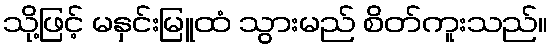
သို့ဖြင့် မနှင်းမြူထံ သွားမည် စိတ်ကူးသည်။